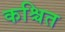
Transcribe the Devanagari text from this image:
कश्चित